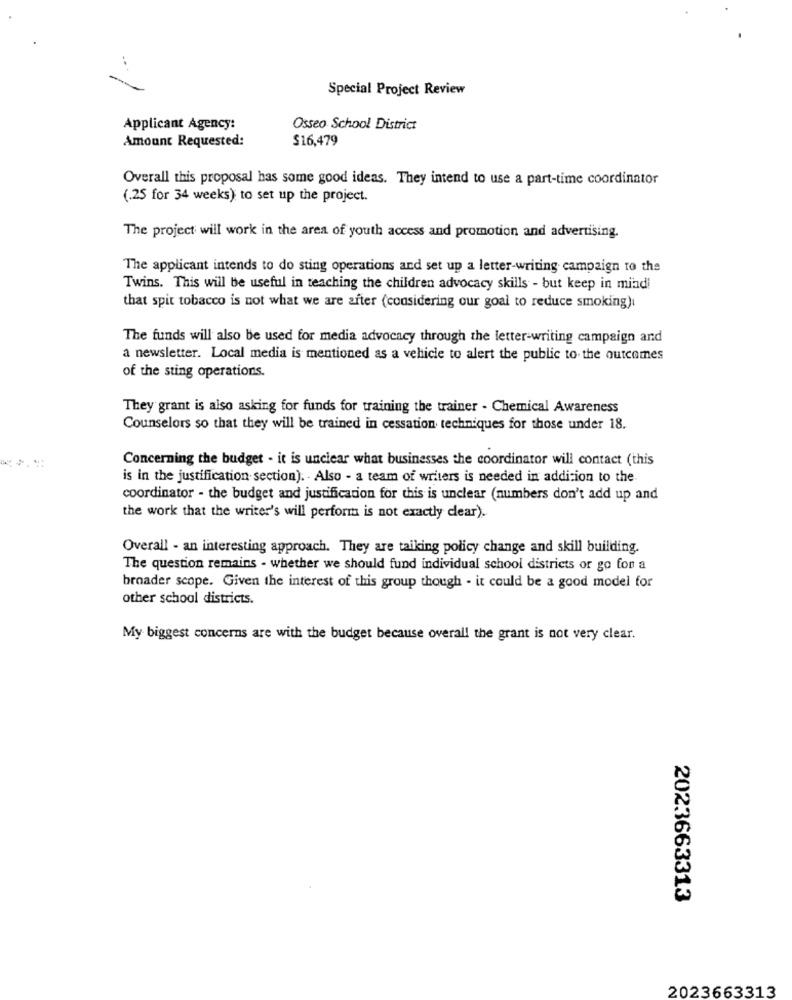
..
Special Project Review
Applicant Agency:
Osseo School District
Amount Requested:
$16,479
Overall this proposal has some good ideas. They intend to use a part-time coordinator
(.25 for 34 weeks) to set up the project.
The project will work in the area of youth access and promotion and advertising.
The applicant intends to do sting operations and set up a letter-writing campaign to the
Twins. This will be useful in teaching the children advocacy skills - but keep in mindi
that spit tobacco is not what we are after (considering our goal to reduce smoking)
The funds will also be used for media advocacy through the letter-writing campaign and
a newsletter. Local media is mentioned as a vehicle to alert the public to the outcomes
of the sting operations.
They grant is also asking for funds for training the trainer - Chemical Awareness
Counselors so that they will be trained in cessation techniques for those under 18.
Concerning the budget - it is unclear what businesses the coordinator will contact (this
is in the justification section). . Also - a team of writers is needed in addition to the
coordinator - the budget and justification for this is unclear (numbers don't add up and
the work that the writer's will perform is not exactly clear).
Overall - an interesting approach. They are taiking policy change and skill building.
The question remains - whether we should fund individual school districts or go for a
broader scope. Given the interest of this group though - it could be a good model for
other school districts.
My biggest concerns are with the budget because overall the grant is not very clear.
2023663313
2023663313